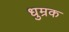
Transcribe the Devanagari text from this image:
धुम्रक